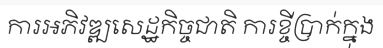
ការអភិវឌ្ឍសេដ្ឋកិច្ចជាតិ ការខ្ចីប្រាក់ក្នុង